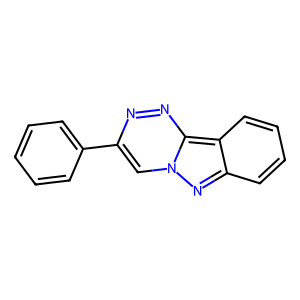
SMILES: c1ccc(-c2cn3nc4ccccc4c3nn2)cc1
Inhibits HIV replication: No